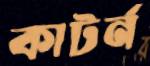
কাটর্ন